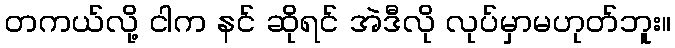
တကယ်လို့ ငါက နင် ဆိုရင် အဲဒီလို လုပ်မှာမဟုတ်ဘူး။